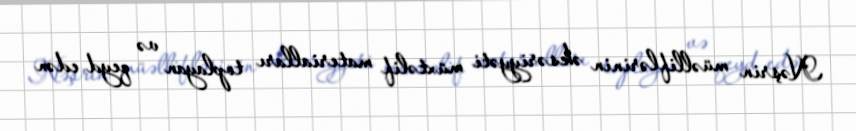
Nəşrin müəlliflərinin əksəriyyəti müxtəlif materialları toplayan və qeyd edən